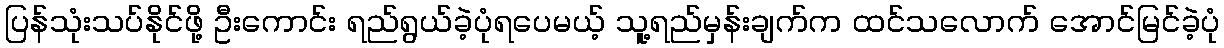
ပြန်သုံးသပ်နိုင်ဖို့ ဦးကောင်း ရည်ရွယ်ခဲ့ပုံရပေမယ့် သူ့ရည်မှန်းချက်က ထင်သလောက် အောင်မြင်ခဲ့ပုံ